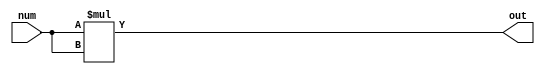
module square_gen(num,out);

        parameter n = 4;
        input [n-1:0] num;
        output reg [2*n-1:0] out; 
        
        reg [2*n-1:0] temp;
        
        always@(*)
        begin
            temp = num * num;
            out = temp;
        end
endmodule